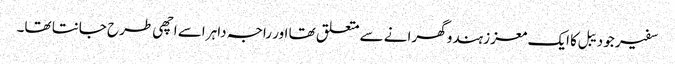
سفیر جو دیبل کا ایک معزز ہندو گھرانے سے متعلق تھا اور راجہ داہر اسے اچھی طرح جانتا تھا۔